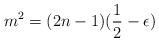
LaTeX: \begin{align*}m^2 = (2n-1)(\frac{1}{2}-\epsilon)\end{align*}